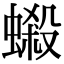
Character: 𧏫